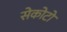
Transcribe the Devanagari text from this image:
सेकोटो